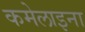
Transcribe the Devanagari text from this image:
कमेलाइना